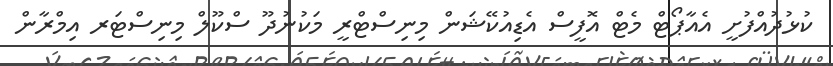
ކުޅުދުއްފުށީ އެއާޕޯޓް މެޓް އޮފީސް އެޑިއުކޭޝަން މިނިސްޓްރީ މަކުނުދޫ ސްކޫލް މިނިސްޓަރ އިމްރާން